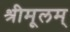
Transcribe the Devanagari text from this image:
श्रीमूलम्